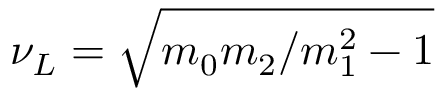
\nu _ { L } = \sqrt { m _ { 0 } m _ { 2 } / m _ { 1 } ^ { 2 } - 1 }